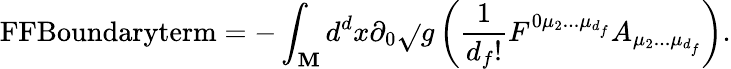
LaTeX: \textnormal{FFBoundaryterm}=-\int_{\cal\mathbf{M}}d^{d}x\partial_{0}\sqrt{}{g}\left(\frac{{1}}{{d_{f}!}}F^{0\mu_{2}...\mu_{d_{f}}}A_{\mu_{2}...\mu_{d_{f}}}\right).